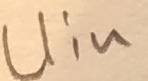
Text: Uin